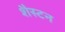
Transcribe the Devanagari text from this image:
शैस्टन